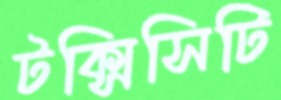
টক্সিসিটি